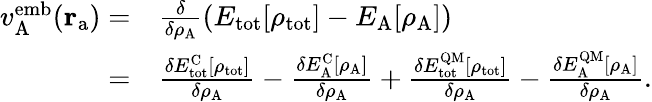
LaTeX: \begin{array}{rl}{v_{\mathrm{A}}^{\mathrm{emb}}(\mathbf{r}_{\mathrm{a}})=}&{\frac{\delta}{\delta\rho_{\mathrm{A}}}(E_{\mathrm{tot}}[\rho_{\mathrm{tot}}]-E_{\mathrm{A}}[\rho_{\mathrm{A}}])}\\ {=}&{\frac{\delta E_{\mathrm{tot}}^{\mathrm{C}}[\rho_{\mathrm{tot}}]}{\delta\rho_{\mathrm{A}}}-\frac{\delta E_{\mathrm{A}}^{\mathrm{C}}[\rho_{\mathrm{A}}]}{\delta\rho_{\mathrm{A}}}+\frac{\delta E_{\mathrm{tot}}^{\mathrm{QM}}[\rho_{\mathrm{tot}}]}{\delta\rho_{\mathrm{A}}}-\frac{\delta E_{\mathrm{A}}^{\mathrm{QM}}[\rho_{\mathrm{A}}]}{\delta\rho_{\mathrm{A}}}.}\end{array}